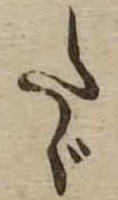
たゞ